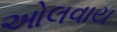
ઓલવાય